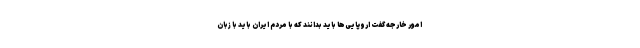
امور خارجه گفت اروپایی‌ها باید بدانند که با مردم ایران باید با زبان